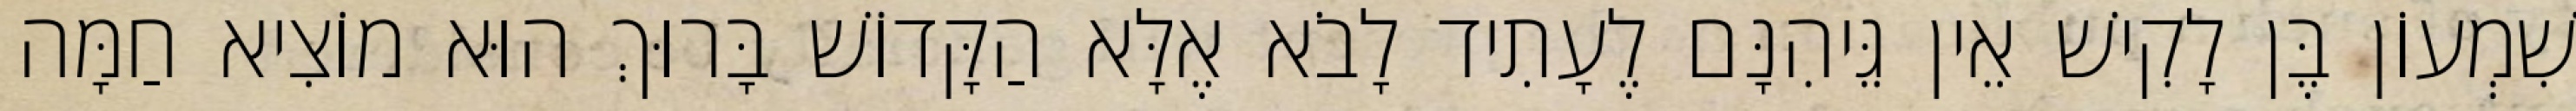
שִׁמְעוֹן בֶּן לָקִישׁ אֵין גֵּיהִנָּם לֶעָתִיד לָבֹא אֶלָּא הַקָּדוֹשׁ בָּרוּךְ הוּא מוֹצִיא חַמָּה